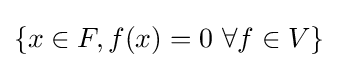
\{x\in F,f(x)=0\ \forall f\in V\}